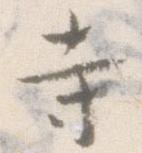
寺